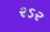
રડર